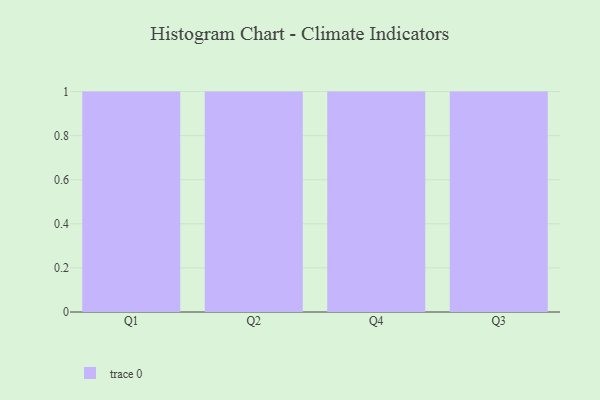
{"axis": {"x": "Quarter", "y": "Budget (USD K)"}, "legend": [""], "data": [{"x": "Q1", "y": 41, "type": ""}, {"x": "Q2", "y": 72, "type": ""}, {"x": "Q4", "y": 95, "type": ""}, {"x": "Q3", "y": 27, "type": ""}]}